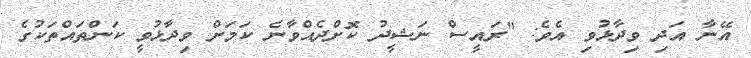
އޭނާ އަދި ވިދާޅުވި އެވެ: "ރައީސް ނަޝީދު ކޮށްދެއްވާނެ ކަމަށް ވިދާޅުވީ ކަންތައްތަކުގެ